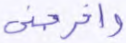
وأخرجني